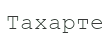
Тахарте